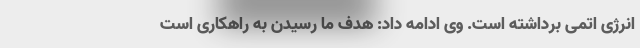
انرژی اتمی برداشته است. وی ادامه داد: هدف ما رسیدن به راهکاری است